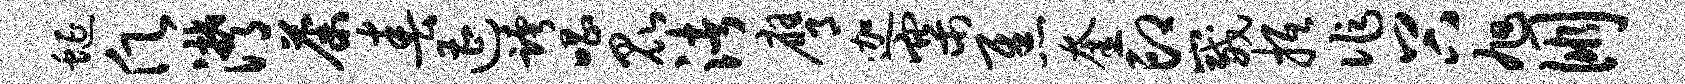
蜒愿潸荼春遭跨唱昆渚膺迦寨焦奎印崴抵作谷旭朋